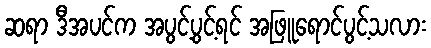
ဆရာ ဒီအပင်က အပွင့်ပွင့်ရင် အဖြူရောင်ပွင့်သလား